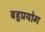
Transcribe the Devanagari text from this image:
बहुप्रयोग